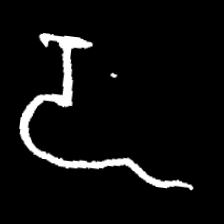
Pyu character \u2014 Myanmar letter: ဍ (romanized: dda)